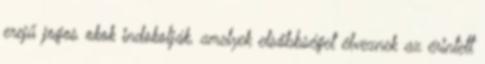
erejű jogos okok indokolják, amelyek elsőbbséget élveznek az érintett